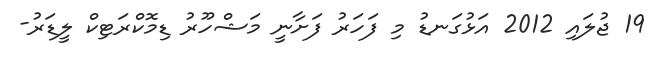
19 ޖުލައި 2012 އަޅުގަނޑު މި ފަހަރު ފަށާނީ މަޝްހޫރު ޑިމޮކްރަޓިކް ލީޑަރު-